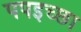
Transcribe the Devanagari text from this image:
पपइच्छा